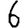
Digit: 6